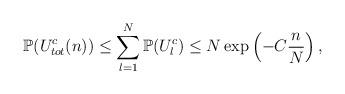
LaTeX: \begin{align*}\mathbb{P}(U^c_{tot}(n)) \leq \sum_{l=1}^{N} \mathbb{P}(U^c_l) \leq N \exp\left(-C\frac{n}{N}\right),\end{align*}